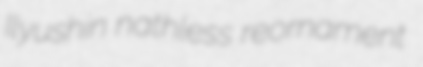
Ilyushin nathless reornament